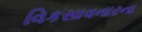
વિકસાવનારના